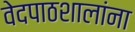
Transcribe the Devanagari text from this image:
वेदपाठशालांना